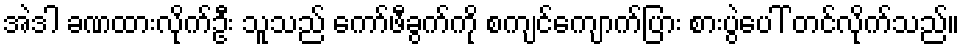
အဲဒါ ခဏထားလိုက်ဦး သူသည် ကော်ဖီခွက်ကို စကျင်ကျောက်ပြား စားပွဲပေါ် တင်လိုက်သည်။